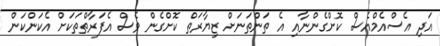
އަދި އެސްއެމްއެސް ކޮށްގެންނާއި އެ ތަންތަނަށް ޒިޔާރަތް ކޮށްގެން ވެސް އެފަރާތްތަކަށް އެކަންކަން